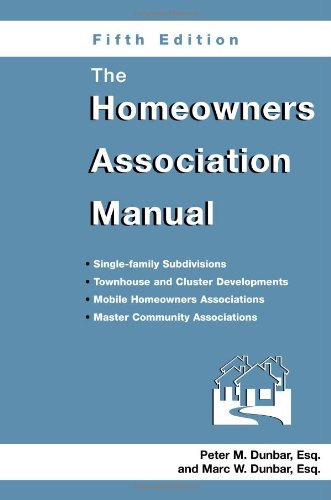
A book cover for The Homeowners Association Manual (Homeowners Association Manual)(5th Edition); Marc W Dunbar; Law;